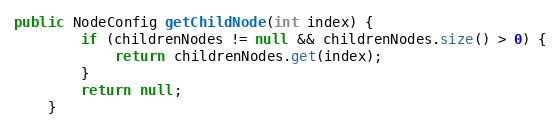
Language: Java
public NodeConfig getChildNode(int index) {
		if (childrenNodes != null && childrenNodes.size() > 0) {
			return childrenNodes.get(index);
		}
		return null;
	}